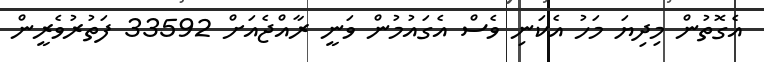
އެގޮތުން މިދިޔަ މަހު އެކަނި ވެސް އެގައުމުން ވަނީ ރާއްޖެއަށް 33592 ފަތުރުވެރީން